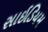
સાઇડિયમ